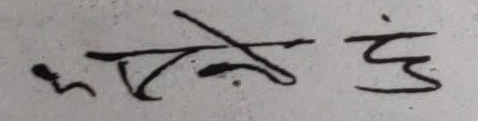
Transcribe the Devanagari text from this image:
कसै हुँ